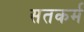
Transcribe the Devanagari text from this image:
सतकर्म